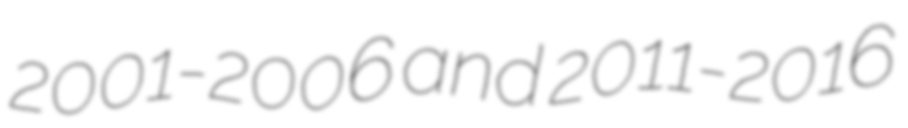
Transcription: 2001-2006 and 2011-2016